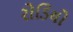
રોડિયો